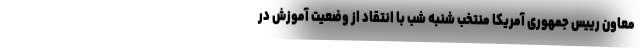
معاون رییس جمهوری آمریکا منتخب شنبه شب با انتقاد از وضعیت آموزش در